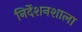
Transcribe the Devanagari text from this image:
निर्देशनशाला